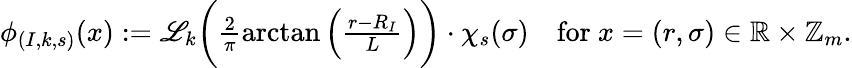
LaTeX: \begin{array}{r}{\phi_{(I,k,s)}(x):=\mathscr{L}_{k}\bigg(\frac{2}{\pi}\arctan\Big(\frac{r-R_{I}}{L}\Big)\bigg)\cdot\chi_{s}(\sigma)\quad\mathrm{for}~x=(r,\sigma)\in\mathbb{R}\times\mathbb{Z}_{m}.}\end{array}